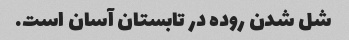
شل شدن روده در تابستان آسان است.